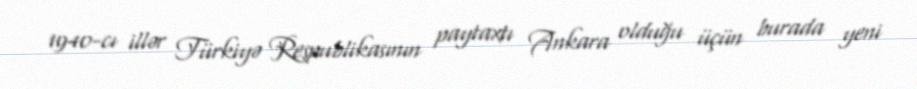
1940-cı illər Türkiyə Respublikasının paytaxtı Ankara olduğu üçün burada yeni